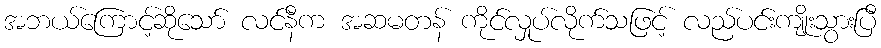
အဘယ်ကြောင့်ဆိုသော် လင်နီက အဆမတန် ကိုင်လှုပ်လိုက်သဖြင့် လည်ပင်းကျိုးသွားပြီ